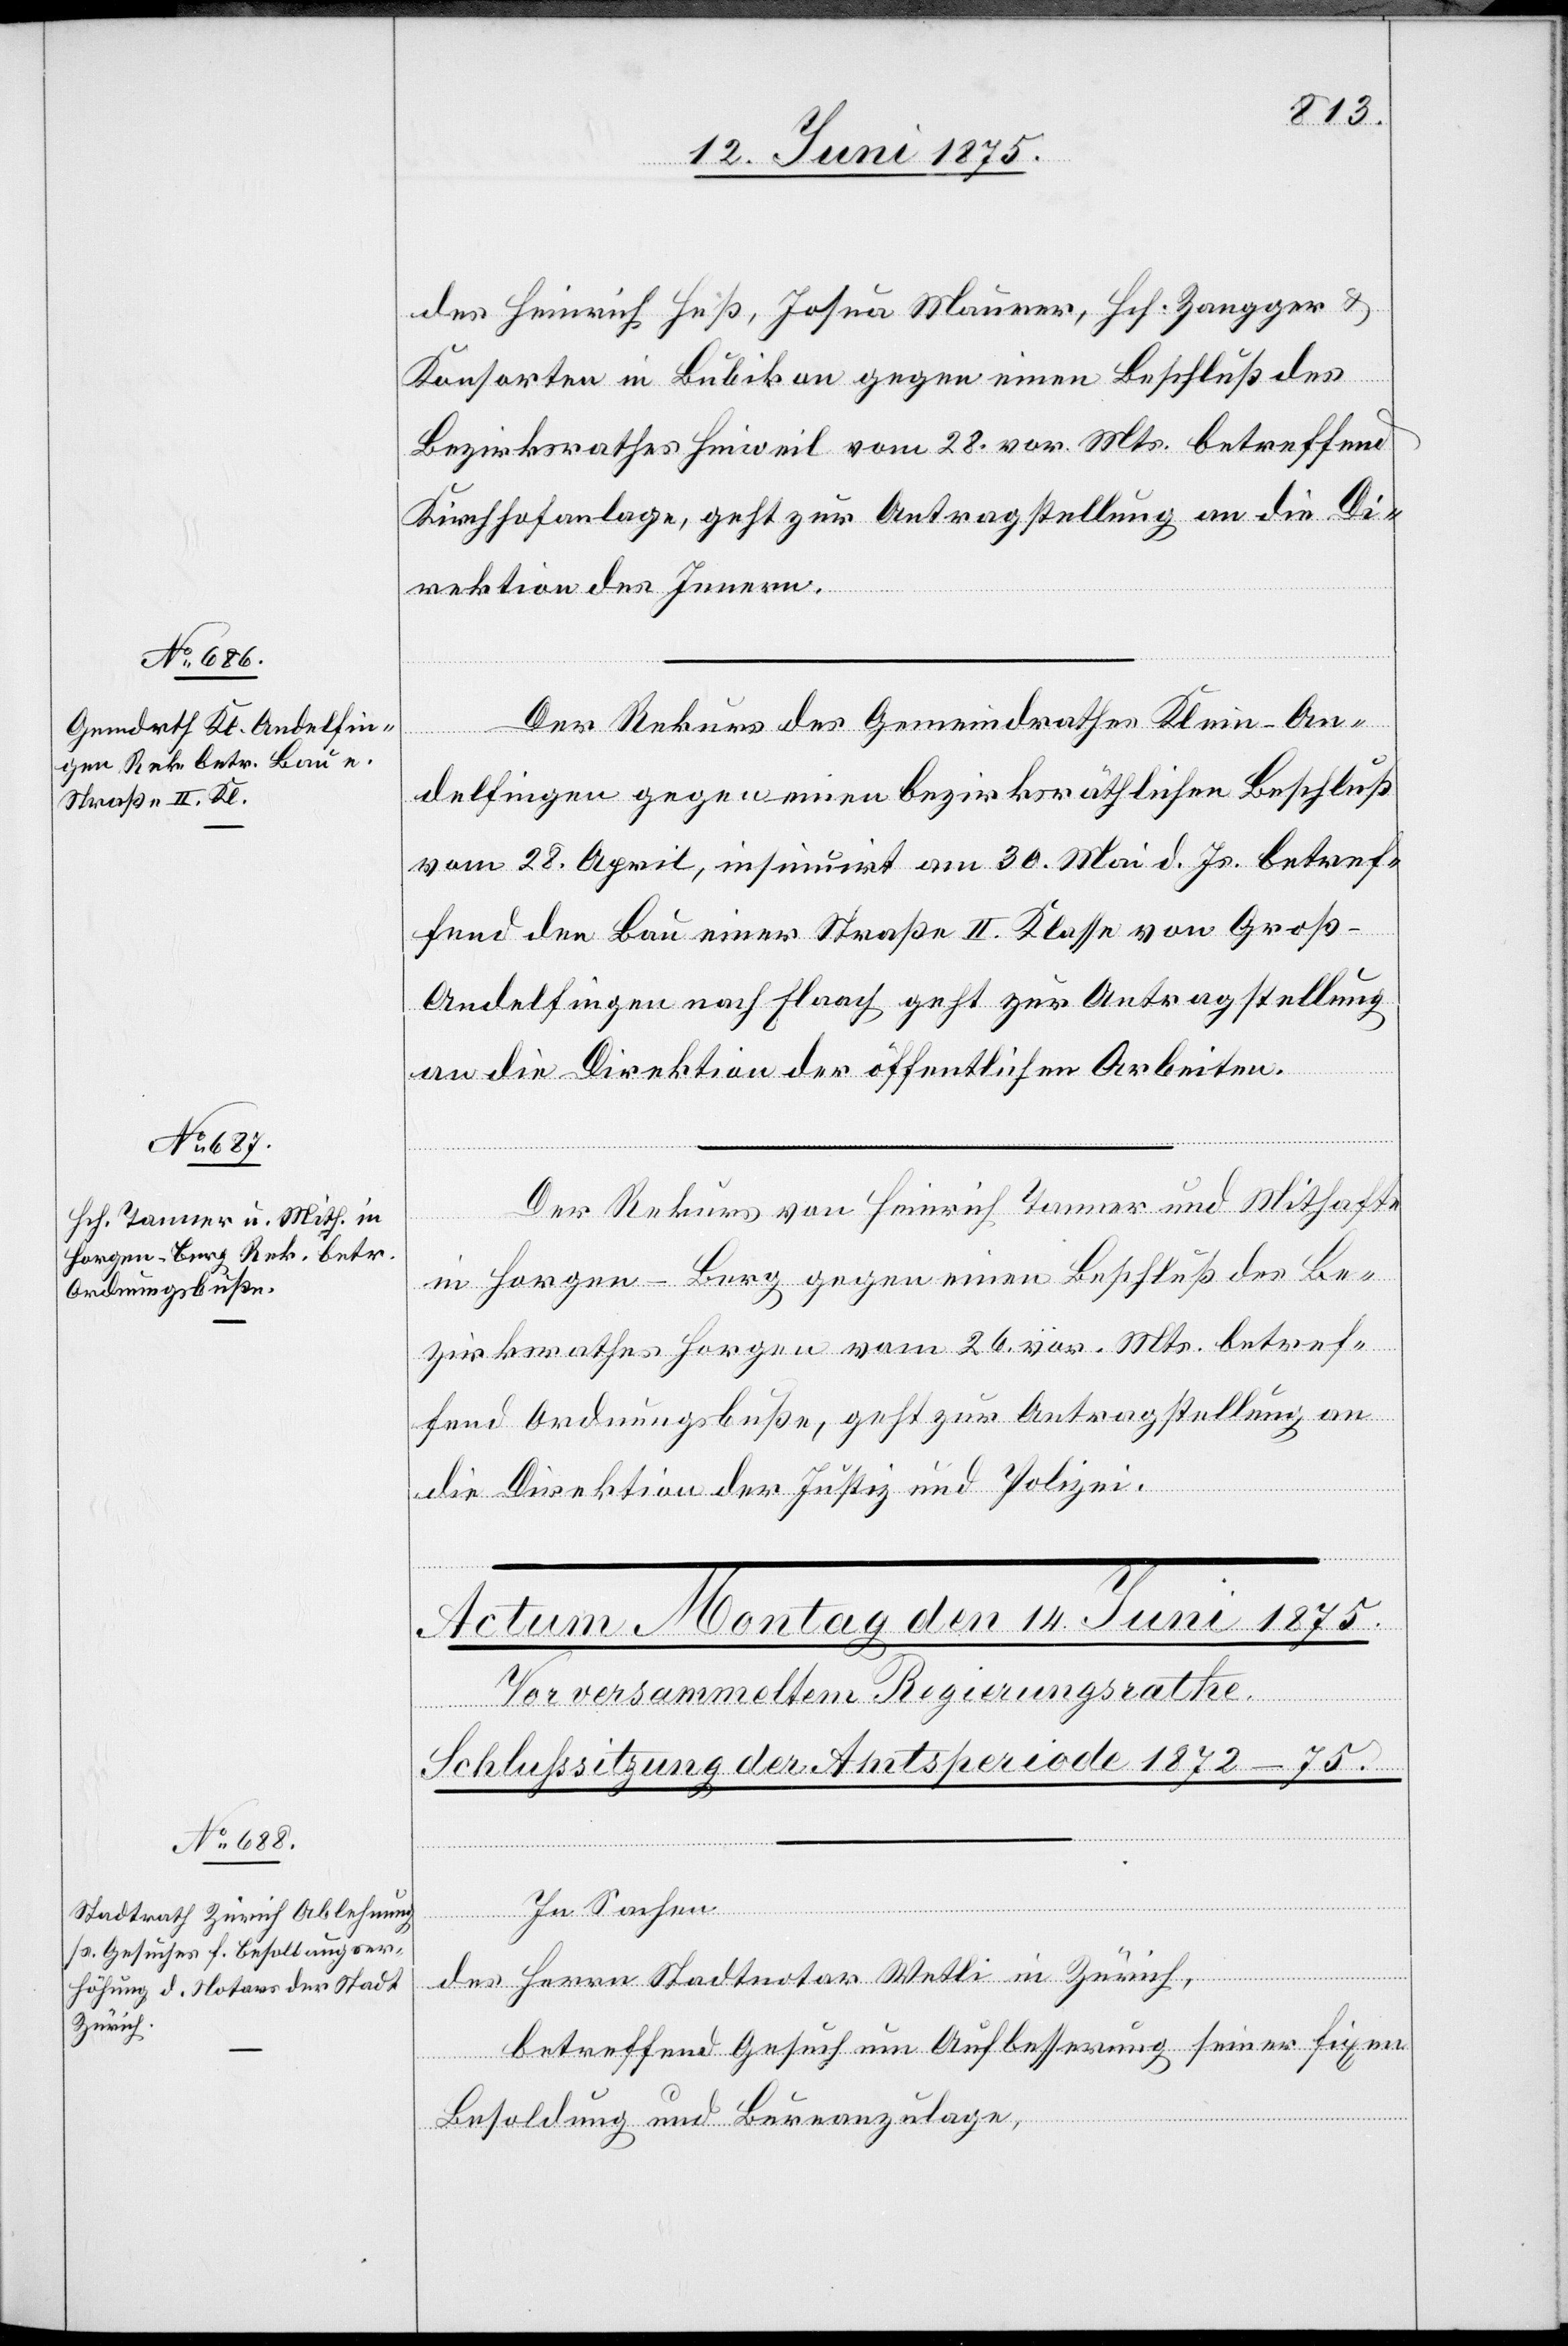
12. Juni 1875.]
des Heinrich Heß, Josua Maurer, Hch. Zangger &
Konsorten in Bubikon gegen einen Beschluß des
Bezirksrathes Hinweil vom 28. vor. Mts. betreffend
Kirchhofanlage, geht zur Antragstellung an die Di¬
rektion des Innern.
Der Rekurs des Gemeindrathes Klein-An¬
delfingen gegen einen bezirksräthlichen Beschluß
vom 28. April, insumirt am 30. Mai d. Js. betref¬
fend den Bau einer Straße II. Klasse von Groß-A¬
ndelfingen nach Flaach geht zur Antragstellung
an die Direktion der öffentlichen Arbeiten.
Der Rekurs von Heinrich Tanner und Mithafte
in Horgen-Berg gegen einen Beschluß des Be¬
zirksrathes Horgen vom 26. vor. Mts. betref¬
fend Ordnungsbuße, geht zur Antragstellung an
die Direktion der Justiz und Polizei.
In Sachen
des Herrn Stadtnotar Wetli in Zürich,
betreffend Gesuch um Aufbesserung seiner fixen
Besoldung und Bureauzulage,